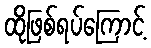
ထိုဖြစ်ရပ်ကြောင့်